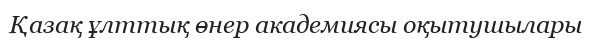
Қазақ ұлттық өнер академиясы оқытушылары